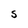
Character: S